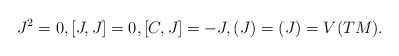
\begin{align*}J^2=0,[J,J]=0,[C,J]=-J,(J)=(J)=V(TM).\end{align*}